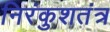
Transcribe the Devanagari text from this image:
निरंकुशतंत्र